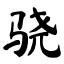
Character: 骁